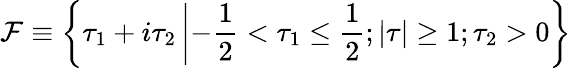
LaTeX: {\cal F}\equiv\left\{ \tau_{1}+i\tau_{2}\left|-\frac{1}{2}<\tau_{1}\leq\frac{1}{2};\vert\tau\vert\geq 1;\tau_{2}>0\right.\right\}